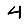
Digit: 4